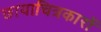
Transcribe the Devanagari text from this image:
छायाचित्रकारों